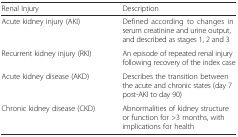
<table><thead><tr><td><b>Renal Injury</b></td><td><b>Description</b></td></tr></thead><tbody><tr><td>Acute kidney injury (AKI)</td><td>Defined according to changes in serum creatinine and urine output, and described as stages 1, 2 and 3</td></tr><tr><td>Recurrent kidney injury (RKI)</td><td>An episode of repeated renal injury following recovery of the index case</td></tr><tr><td>Acute kidney disease (AKD)</td><td>Describes the transition between the acute and chronic states (day 7 post-AKI to day 90)</td></tr><tr><td>Chronic kidney disease (CKD)</td><td>Abnormalities of kidney structure or function for &gt;3 months, with implications for health</td></tr></tbody></table>